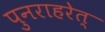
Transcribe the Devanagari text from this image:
पुनराहरेत्